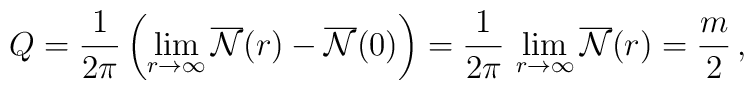
Q=\frac{1}{2\pi}\left(\lim_{r{\rightarrow}{\infty}}\overline{\cal{N}}(r)-\overline{\cal{N}}(0)\right)=\frac{1}{2\pi}\,\lim_{r{\rightarrow}{\infty}}\overline{\cal{N}}(r)=\frac{m}{2}\,,